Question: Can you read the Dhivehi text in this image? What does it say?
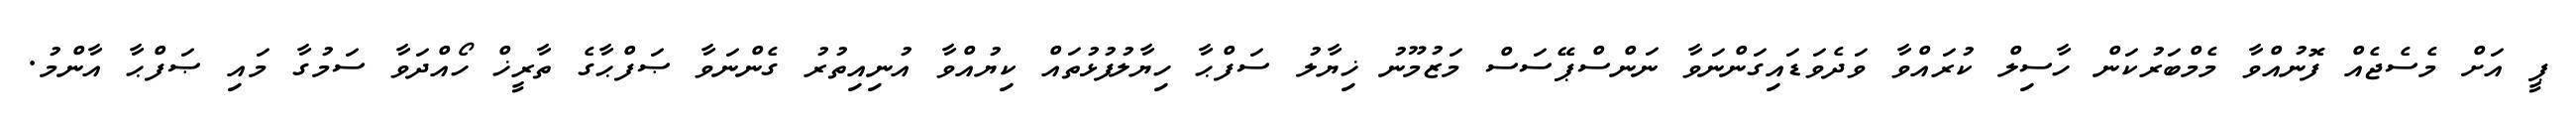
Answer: ޕީ އަށް މެސެޖެއް ފޮނުއްވާ މެމްބަރުކަން ހާސިލް ކުރައްވާ ވަދެވަޑައިގަންނަވާ ނަންސްޕޭސަސް މަޒުމޫނު ޚިޔާލު ސަފްޙާ ހިޔާލުފުޅުތައް ކިޔުއްވާ އުނިއިތުރު ގެންނަވާ ޞަފްޙާގެ ތާރީޚް ހޯއްދަވާ ސަމުގާ މައި ޞަފްޙާ އާންމު.